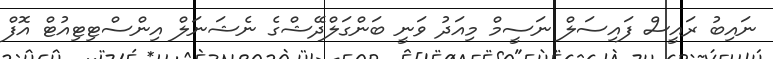
ނައިބު ރައީސް ފައިސަލް ނަސީމް މިއަދު ވަނީ ބަންގަލްދޭޝްގެ ނެޝަނަލް އިންސްޓިޓިއުޓް އޮފް